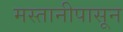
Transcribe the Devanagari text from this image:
मस्तानीपासून